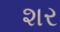
શર